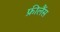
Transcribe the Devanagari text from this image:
फ्रीलैंस